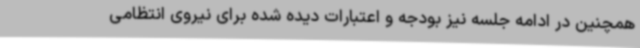
همچنین در ادامه جلسه نیز بودجه و اعتبارات دیده شده برای نیروی انتظامی